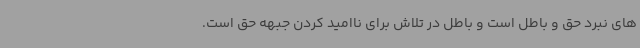
های نبرد حق و باطل است و باطل در تلاش برای ناامید کردن جبهه حق است.